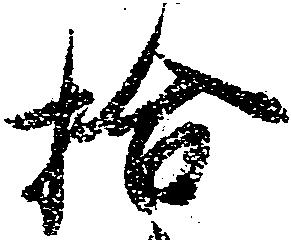
拾